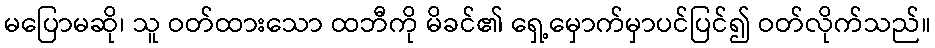
မပြောမဆို၊ သူ ဝတ်ထားသော ထဘီကို မိခင်၏ ရှေ့မှောက်မှာပင်ပြင်၍ ဝတ်လိုက်သည်။